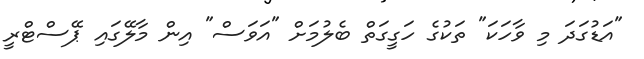
"އަޑުގަދަ މި ވާހަކަ" ތަކުގެ ހަގީގަތް ބެލުމަށް "އަވަސް" އިން މާލޭގައި ޕޭސްޓްރީ